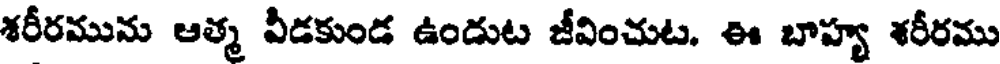
శరీరమును ఆత్మ వీడకుండ ఉండుట జీవించుట. ఈ బాహ్య శరీరము